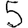
Digit: 5